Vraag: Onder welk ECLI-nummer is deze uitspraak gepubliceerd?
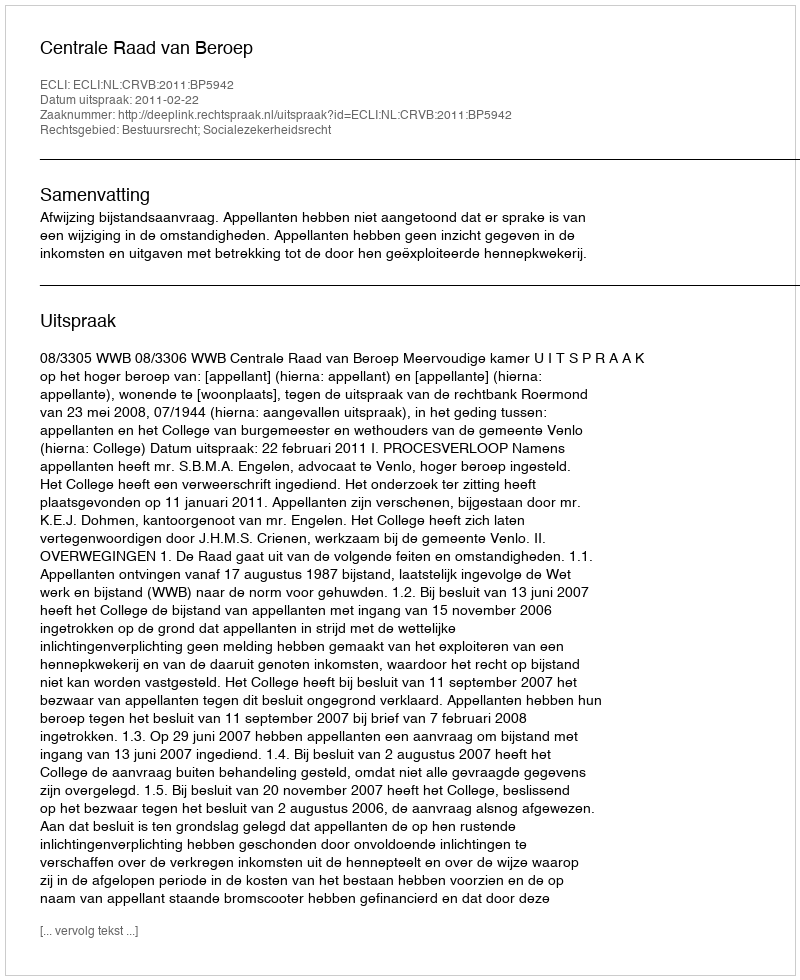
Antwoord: ECLI:NL:CRVB:2011:BP5942